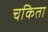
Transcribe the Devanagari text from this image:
चकिता